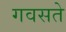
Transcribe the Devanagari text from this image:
गवसते